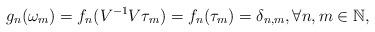
LaTeX: \begin{align*}g_n(\omega_m)=f_n(V^{-1}V\tau_m)=f_n(\tau_m)=\delta_{n,m}, \forall n, m\in \mathbb{N},\end{align*}